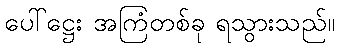
ပေါ်ဋ္ဌေး အကြံတစ်ခု ရသွားသည်။